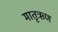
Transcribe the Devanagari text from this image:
मातृऋण